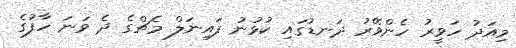
މިއަދު ހަވީރު ހެންވޭރު ދަނޑުގައި ކުޅުނު ފައިނަލް މެޗްގެ ދެ ވަނަ ހާފުގެ